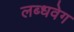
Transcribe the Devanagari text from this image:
लब्धवेग